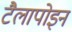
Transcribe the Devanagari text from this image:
टैलापोइन